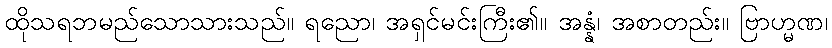
ထိုသရဘမည်သောသားသည်။ ရညော၊ အရှင်မင်းကြီး၏။ အန္နံ၊ အစာတည်း။ ဗြာဟ္မဏ၊